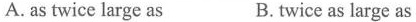
A. as twice large as B.twice as large as